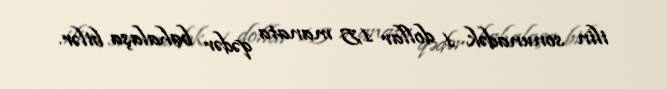
ilin sonunadək 1 dollar 1,5 manata qədər bahalaşa bilər.